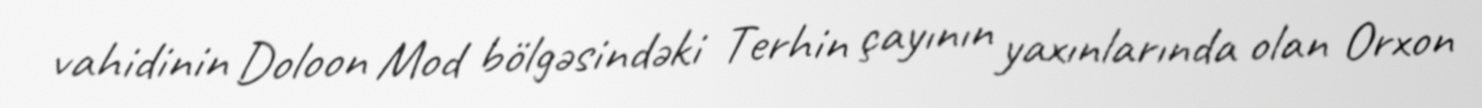
vahidinin Doloon Mod bölgəsindəki Terhin çayının yaxınlarında olan Orxon